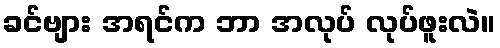
ခင်ဗျား အရင်က ဘာ အလုပ် လုပ်ဖူးလဲ။